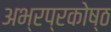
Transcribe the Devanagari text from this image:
अभ्रप्रकोष्ठ